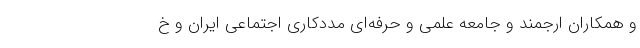
و همکاران ارجمند و جامعه علمی و حرفه‌ای مددکاری اجتماعی ایران و خ